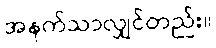
အနက်သာလျှင်တည်း။